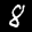
Label: 8